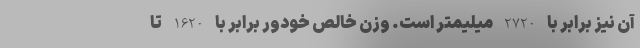
آن نیز برابر با 2720 میلیمتر است. وزن خالص خودور برابر با 1620 تا